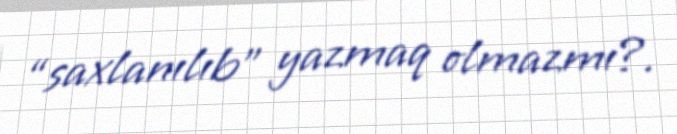
“saxlanılıb” yazmaq olmazmı?.